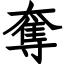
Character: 奪